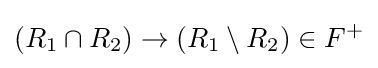
(R_{1}\cap R_{2})\to (R_{1}\setminus R_{2})\in F^{+}